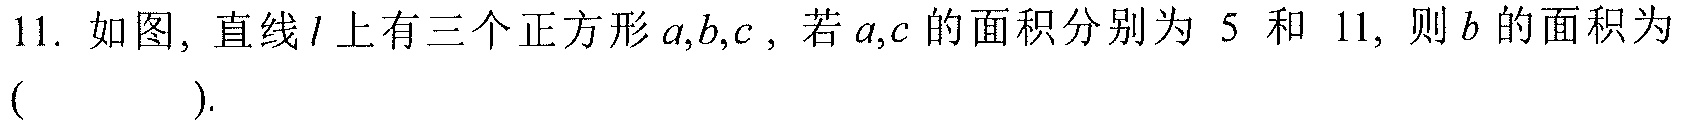
11. 如图, 直线\(l\)上有三个正方形\(a,b,c\) , 若\(a,c\)的面积分别为 \(5\) 和 \(11\), 则\(b\)的面积为 ( ).